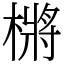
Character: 㯍